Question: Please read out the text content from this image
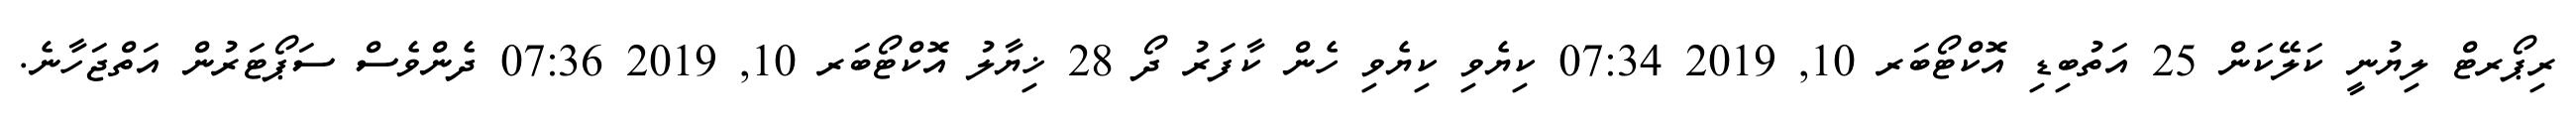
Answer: ރިޕޯރޓް ލިޔުނީ ކަލޭކަން 25 އަތުބިޑި އޮކްޓޯބަރ 10, 2019 07:34 ކިޔެވި ކިޔެވި ހެން ކާފަރު ދޯ 28 ޚިޔާލު އޮކްޓޯބަރ 10, 2019 07:36 ދެންވެސް ސަޕޯޓަރުން އަތްޖަހާނެ.